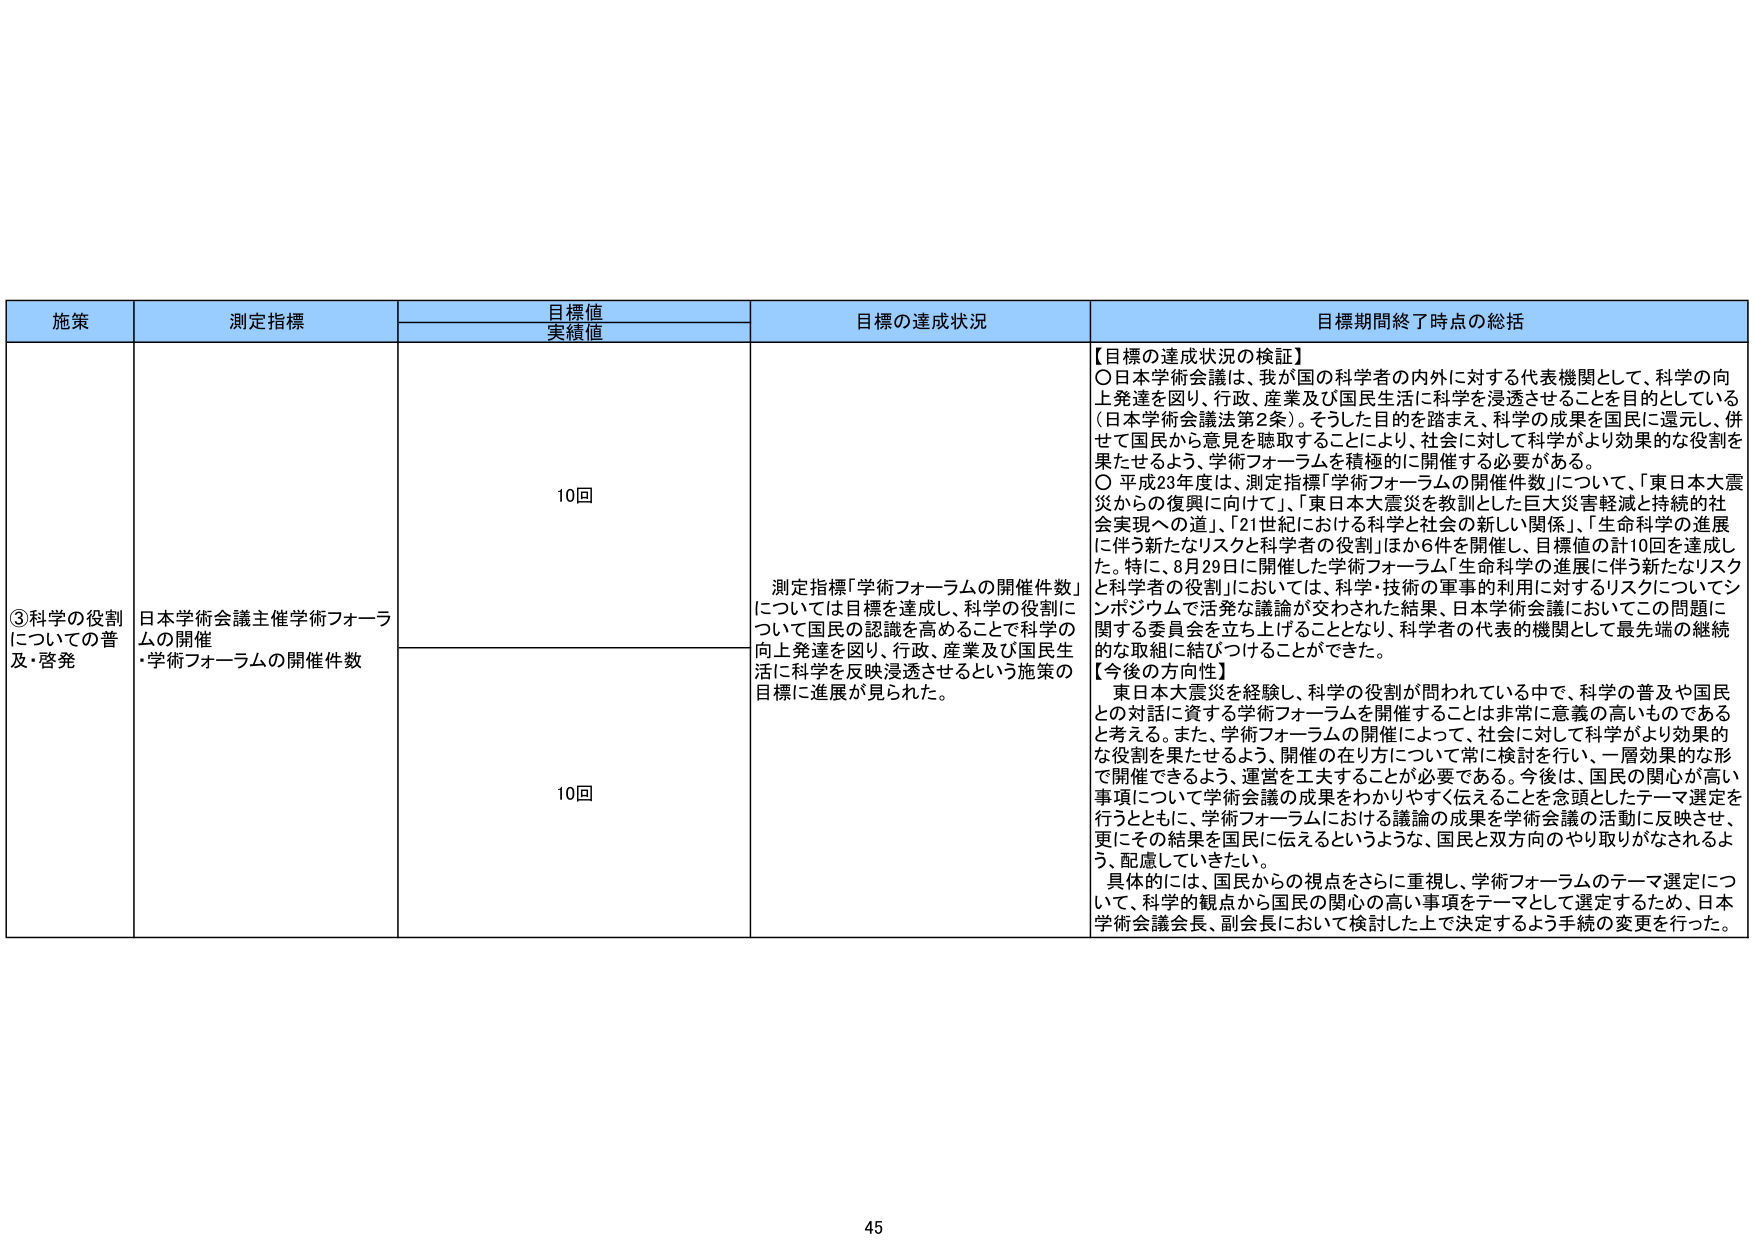
施策
測定指標
目標値
実績値
目標の達成状況
目標期間終了時点の総括

③科学の役割についての普及・啓発
日本学術会議主催学術フォーラムの開催
・学術フォーラムの開催件数
10回
測定指標「学術フォーラムの開催件数」については目標を達成し、科学の役割について国民の認識を高めることで科学の向上発達を図り、行政、産業及び国民生活に科学を反映浸透させるという施策の目標に進展が見られた。
【目標の達成状況の検証】
○日本学術会議は、我が国の科学者の内外に対する代表機関として、科学の向上発達を図り、行政、産業及び国民生活に科学を浸透させることを目的としている（日本学術会議法第2条）。そうした目的を踏まえ、科学の成果を国民に還元し、併せて国民から意見を聴取することにより、社会に対して科学がより効果的な役割を果たせるよう、学術フォーラムを積極的に開催する必要がある。
○平成23年度は、測定指標「学術フォーラムの開催件数」について、「東日本大震災からの復興に向けて」、「東日本大震災を教訓とした巨大災害軽減と持続的社会実現への道」、「21世紀における科学と社会の新しい関係」、「生命科学の進展に伴う新たなリスクと科学者の役割」ほか6件を開催し、目標値の計10回を達成した。特に、8月29日に開催した学術フォーラム「生命科学の進展に伴う新たなリスクと科学者の役割」においては、科学・技術の軍事的利用に対するリスクについてシンポジウムで活発な議論が交わされた結果、日本学術会議においてこの問題に関する委員会を立ち上げることとなり、科学者の代表的機関として最先端の継続的な取組に結びつけることができた。
【今後の方向性】
東日本大震災を経験し、科学の役割が問われている中で、科学の普及や国民との対話に資する学術フォーラムを開催することは非常に意義の高いものであると考える。また、学術フォーラムの開催によって、社会に対して科学がより効果的な役割を果たせるよう、開催の在り方について常に検討を行い、一層効果的な形で開催できるよう、運営を工夫することが必要である。今後は、国民の関心が高い事項について学術会議の成果をわかりやすく伝えることを念頭としたテーマ選定を行うとともに、学術フォーラムにおける議論の成果を学術会議の活動に反映させ、更にその結果を国民に伝えるというような、国民と双方向のやり取りがなされるよう、配慮していきたい。
具体的には、国民からの視点をさらに重視し、学術フォーラムのテーマ選定について、科学的観点から国民の関心の高い事項をテーマとして選定するため、日本学術会議会長、副会長において検討した上で決定するよう手続の変更を行った。
10回

45